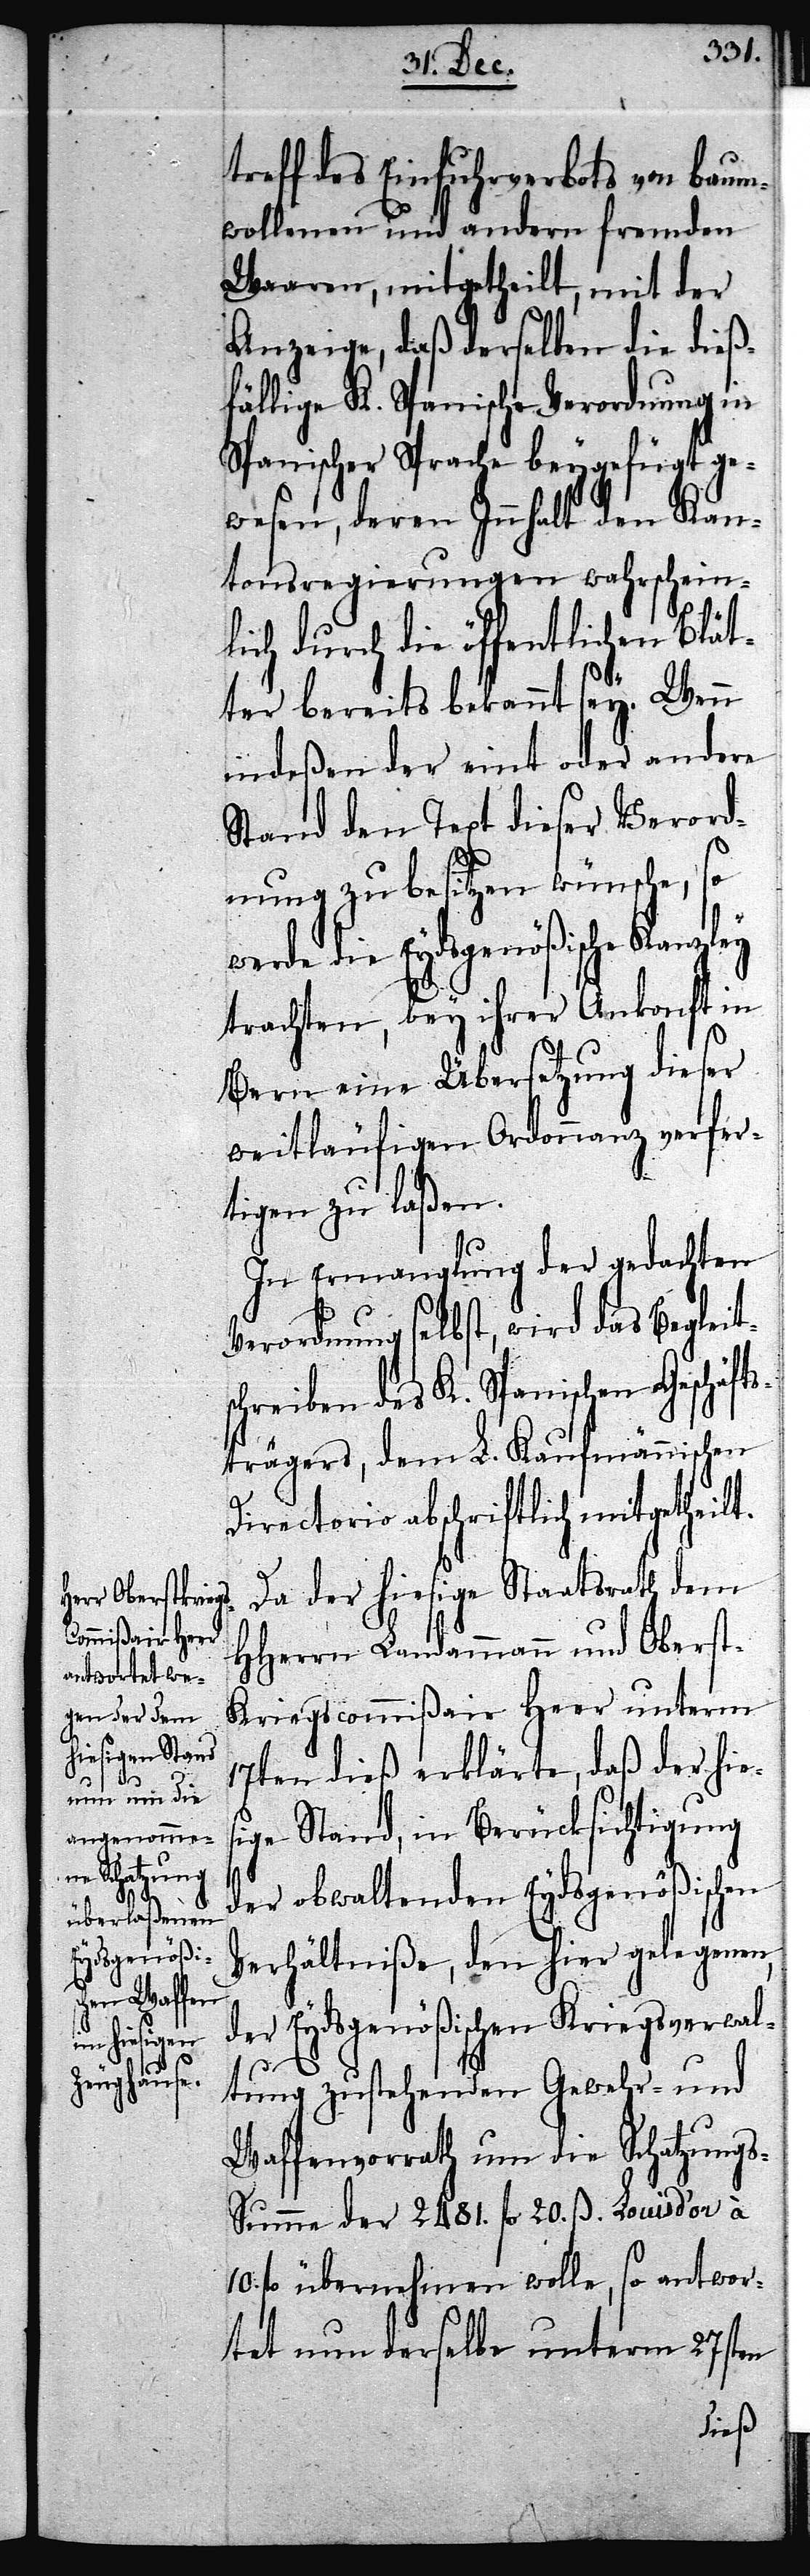
treff des Einfuhrverbots von baum¬
wollenen und andern fremden
Waaren, mitgetheilt, mit der
Anzeige, daß derselben die dieß¬
fällige K. Spanische Verordnung in
Spanischer Sprache beygefügt ge¬
wesen, deren Innhalt den Kan¬
tonsregierungen wahrschein¬
lich durch die öffentlichen Blät¬
ter bereits bekannt sey. Wenn
indeßen der eint oder andere
Stand den Text dieser Verord¬
nung zu besitzen wünsche, so
werde die Eydsgenößische Kanzley
trachten, bey ihrer Ankonft in
Bern eine Übersetzung dieser
weitläufigen Ordonnanz verfer¬
tigen zu laßen.
In Ermanglung der gedachten
Verordnung selbst, wird das Begleit¬
chreiben des K. Spanischen Geschäft¬
strägers, dem L. Kaufmännischen
Directorio abschriftlich mitgetheilt.
Da der hiesige Staatsrath dem
HHerrn Landammann und Oberst¬
kriegscommißair Heer unterm
17ten dieß erklärte, daß der hies¬
ige Stand, in Berücksichtigung
s¬
der obwaltenden Eydsgenößischen
Verhältniße, den hier gelegenen,
der Eydsgenößischen Kriegsverwal¬
tung zustehenden Gewehr- und
Waffenvorrath um die Schatzung¬
s-Summe der 2481. fl. 20. ß Louisd’or à
10. fl. übernehmen wolle, so antwor¬
tet nun derselbe unterm 27sten